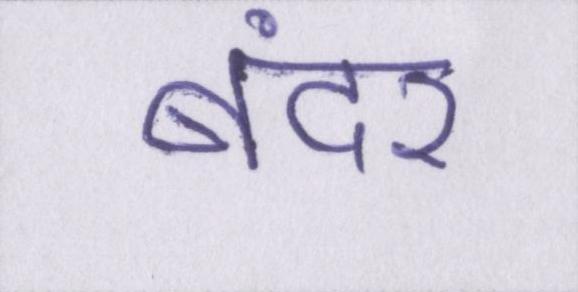
बंदर